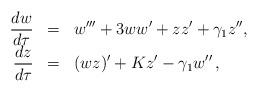
LaTeX: \begin{align*}\begin{array}{rcl}\displaystyle{\frac{dw}{d\tau} }&=&\displaystyle{w'''+3ww'+zz'+\gamma_1z'',}\\\displaystyle{\frac{dz}{d\tau} }&=&\displaystyle{(wz)'+Kz'-\gamma_1w''\,,}\end{array}\end{align*}